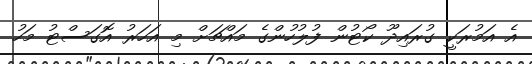
އެ އަމުރަކީ ގުރައިދޫ ކޯޓުން ފުލުހުންގެ މައްޗަށް މި އަހަރު އޮގަސްޓު މަހު